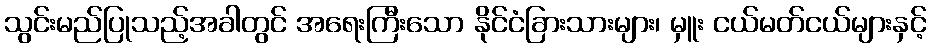
သွင်းမည်ပြုသည့်အခါတွင် အရေးကြီးသော နိုင်ငံခြားသားများ၊ မှူး ငယ်မတ်ငယ်များနှင့်